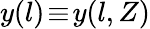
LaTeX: y(l)\! \equiv\! y(l,Z)